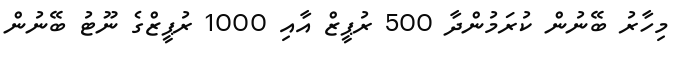
މިހާރު ބޭނުން ކުރަމުންދާ 500 ރުޕީޒް އާއި 1000 ރުޕީޒްގެ ނޫޓު ބޭނުން